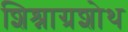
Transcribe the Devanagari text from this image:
शिश्नाग्रशोथ